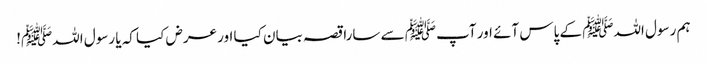
ہم رسول اللہﷺ کے پاس آئے اور آپﷺ سے سارا قصہ بیان کیا اور عرض کیا کہ یا رسول اللہﷺ!